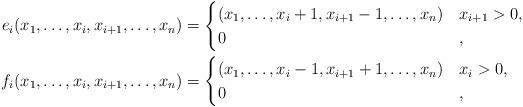
LaTeX: \begin{align*}e_i(x_1, \dotsc, x_i, x_{i+1}, \dotsc, x_n) & =\begin{cases}(x_1, \dotsc, x_i + 1, x_{i+1} - 1, \dotsc, x_n) & x_{i+1} > 0, \\0 & ,\end{cases}\\ f_i(x_1, \dotsc, x_i, x_{i+1}, \dotsc, x_n) & =\begin{cases}(x_1, \dotsc, x_i - 1, x_{i+1} + 1, \dotsc, x_n) & x_i > 0, \\0 & ,\end{cases}\end{align*}